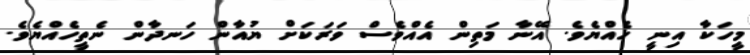
މީހަކާ އިނީ ހެއްޔެވެ. އޭނާ މަތިން އެއްވެސް ވަރަކަށް ޔުއާން ހަނދާން ނެތީހެއްޔެވެ.